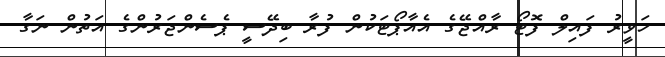
ހަވީރު ފައިލް ފޮޓޯ ރާއްޖޭގެ އެއާޕޯޓަކުން ފުރާ ބިދޭސީ ޕެސެންޖަރުންގެ އަތުން ނަގާ